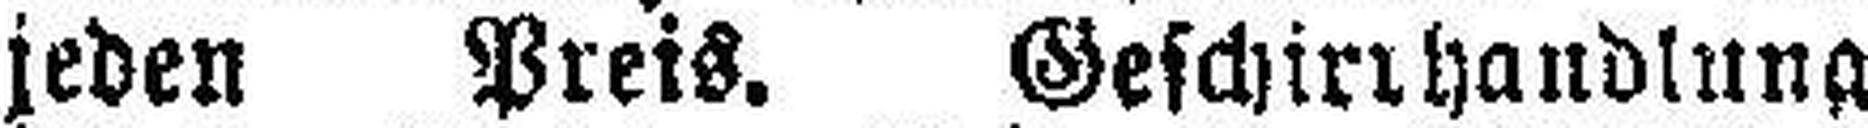
jeden Preis. Geschirrhandlung